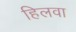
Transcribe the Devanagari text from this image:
हिलवा